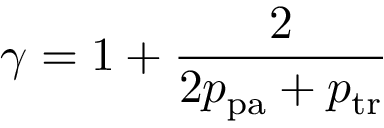
\gamma = 1 + \frac { 2 } { 2 p _ { \mathrm { p a } } + p _ { \mathrm { t r } } }